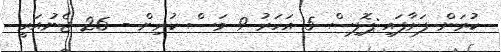
ކުރަން ފަށާފައި:ޕޮލިސް 5 އަހަރު 9 މަސް ކުރިން - 26 ޖެނުއަރީ